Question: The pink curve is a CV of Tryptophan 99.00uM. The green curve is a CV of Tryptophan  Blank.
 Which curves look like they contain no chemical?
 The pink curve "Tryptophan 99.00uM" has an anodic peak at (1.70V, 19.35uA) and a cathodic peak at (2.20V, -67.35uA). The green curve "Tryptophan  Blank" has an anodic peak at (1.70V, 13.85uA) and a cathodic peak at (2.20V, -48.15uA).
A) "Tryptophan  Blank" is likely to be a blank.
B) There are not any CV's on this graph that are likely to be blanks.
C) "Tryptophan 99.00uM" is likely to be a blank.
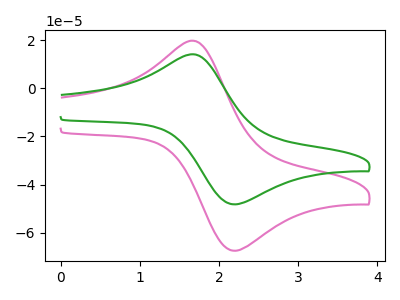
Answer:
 <answer>B) There are not any CV's on this graph that are likely to be blanks.</answer>
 <eval>B</eval>